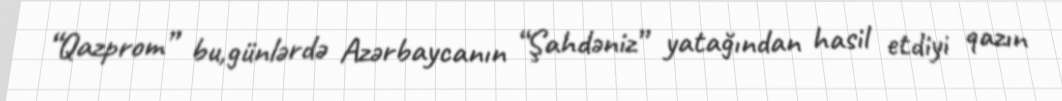
“Qazprom” bu,günlərdə Azərbaycanın “Şahdəniz” yatağından hasil etdiyi qazın